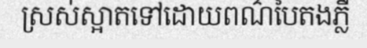
ស្រស់ស្អាតទៅដោយពណ៌បៃតងភ្លឺ